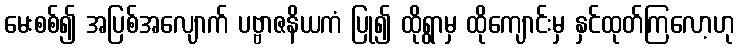
မေးစစ်၍ အပြစ်အလျောက် ပဗ္ဗာဇနိယကံ ပြု၍ ထိုရွာမှ ထိုကျောင်းမှ နှင်ထုတ်ကြလော့ဟု